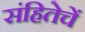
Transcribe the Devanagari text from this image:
संहितेचें